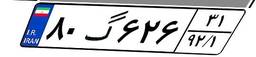
۸۰گ۶۲۶۳۱